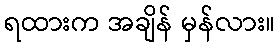
ရထားက အချိန် မှန်လား။